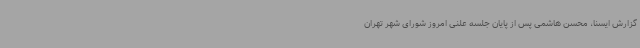
گزارش ایسنا، محسن هاشمی پس از پایان جلسه علنی امروز شورای شهر تهران